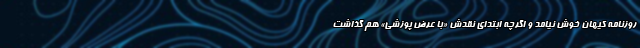
روزنامه کیهان خوش نیامد و اگرچه ابتدای نقدش «با عرض پوزشی» هم گذاشت